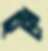
চুপ্পে